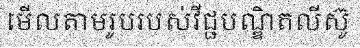
មើលតាមរូបរបស់វីជ្ជបណ្ឌិតលីស៊ូ